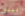
بيني